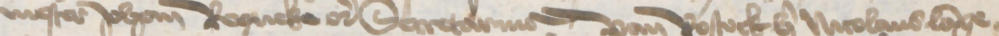
nester Johan Ropneke etcetera Secretarius van Rostock her Nicolaus Lange